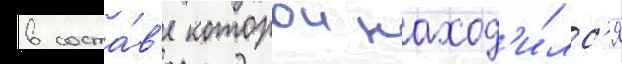
в соста́в'е которои наход'и́лс'я